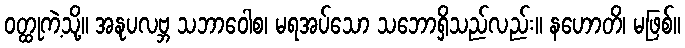
ဝတ္ထုကဲ့သို့။ အနုပလဗ္ဘ သဘာဝေါစ၊ မရအပ်သော သဘောရှိသည်လည်း။ နဟောတိ၊ မဖြစ်။